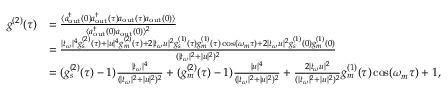
\begin{array} { r l } { g ^ { ( 2 ) } ( \tau ) } & { = \frac { \langle a _ { \mathrm { { o u t } } } ^ { \dag } ( 0 ) a _ { \mathrm { o u t } } ^ { \dag } ( \tau ) a _ { \mathrm { { o u t } } } ( \tau ) a _ { \mathrm { o u t } } ( 0 ) \rangle } { \langle a _ { \mathrm { { o u t } } } ^ { \dag } ( 0 ) a _ { \mathrm { o u t } } ( 0 ) \rangle ^ { 2 } } } \\ & { = \frac { | t _ { \omega } | ^ { 4 } g _ { s } ^ { ( 2 ) } ( \tau ) + | u | ^ { 4 } g _ { m } ^ { ( 2 ) } ( \tau ) + 2 | t _ { \omega } u | ^ { 2 } g _ { s } ^ { ( 1 ) } ( \tau ) g _ { m } ^ { ( 1 ) } ( \tau ) \cos ( \omega _ { m } \tau ) + 2 | t _ { \omega } u | ^ { 2 } g _ { s } ^ { ( 1 ) } ( 0 ) g _ { m } ^ { ( 1 ) } ( 0 ) } { ( | t _ { \omega } | ^ { 2 } + | u | ^ { 2 } ) ^ { 2 } } } \\ & { = ( g _ { s } ^ { ( 2 ) } ( \tau ) - 1 ) \frac { | t _ { \omega } | ^ { 4 } } { ( | t _ { \omega } | ^ { 2 } + | u | ^ { 2 } ) ^ { 2 } } + ( g _ { m } ^ { ( 2 ) } ( \tau ) - 1 ) \frac { | u | ^ { 4 } } { ( | t _ { \omega } | ^ { 2 } + | u | ^ { 2 } ) ^ { 2 } } + \frac { 2 | t _ { \omega } u | ^ { 2 } } { ( | t _ { \omega } | ^ { 2 } + | u | ^ { 2 } ) ^ { 2 } } g _ { m } ^ { ( 1 ) } ( \tau ) \cos ( \omega _ { m } \tau ) + 1 , } \end{array}